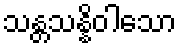
သန္တသန္နိဝါသော